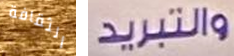
الثقافة والتبريد